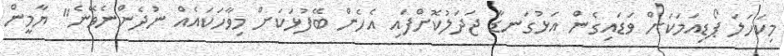
މިކަހަލަ ޕޯޑިއަމަކަށް ވަޑައިގެން އަޅުގަނޑާ ޖަދަލުކޮށްފައި އެހެން ބޭފުޅަކަށް މިވާހަކައެއް ނުދެންނެވޭނެ" ޔާމީން